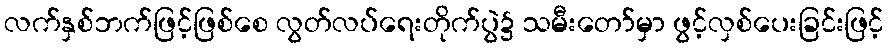
လက်နှစ်ဘက်ဖြင့်ဖြစ်စေ လွတ်လပ်ရေးတိုက်ပွဲ၌ သမီးတော်မှာ ဖွင့်လှစ်ပေးခြင်းဖြင့်